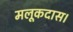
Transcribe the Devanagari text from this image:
मलूकदास।